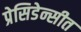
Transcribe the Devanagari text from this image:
प्रेसिडेन्सीत